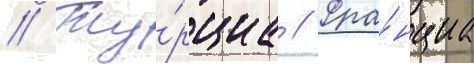
// Ту́рциа // Фра́нциа